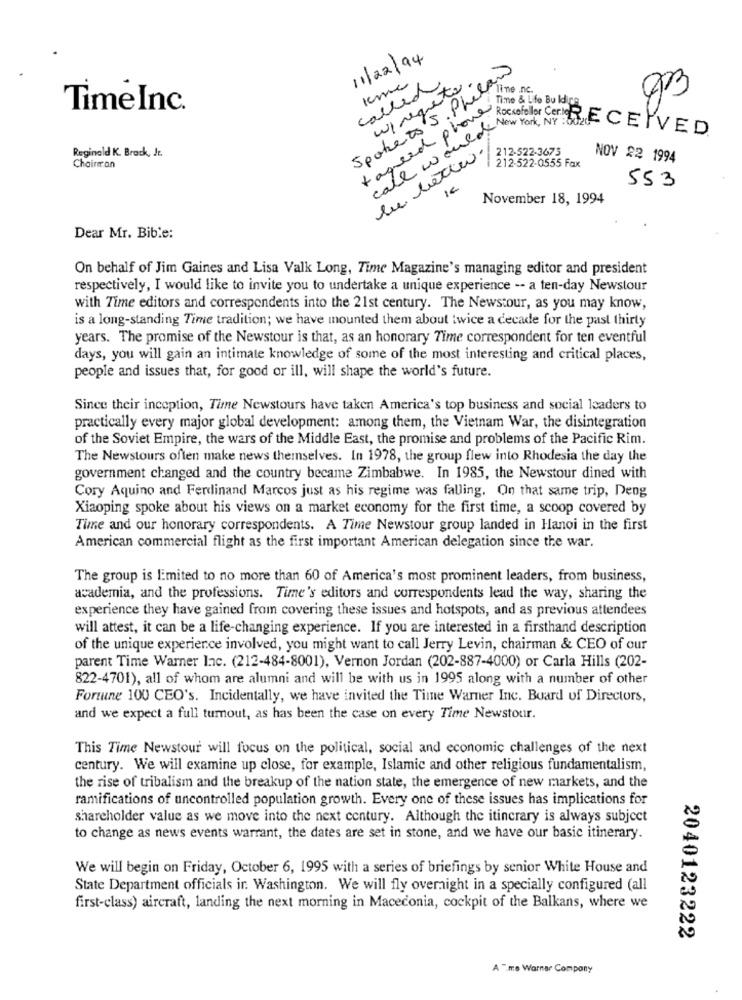
11/22/94
Spoketo S. Phelan
Kme
called
wirequete
line nc.
Time & Life Bu Idice
Time Inc.
+agreed phone
call wouldNew York, NY: 302
Rockefeller Con RECEIVED
212-522-3675
1.
Reginald K. Brack, J.
212-522-0555 Fax
NOV 22 1994
Chainran
553
November 18, 1994
Dear Mr. Bible:
On behalf of Jim Gaines and Lisa Valk Long, Time Magazine's managing editor and president
respectively, I would like to invite you to undertake a unique experience -- a ten-day Newslour
with Time editors and correspondents into the 21st century. The Newstour, as you may know,
is a long-standing Time tradition; we have mounted them about twice a decade for the past thirty
years. The promise of the Newstour is that, as an honorary Time correspondent for ten eventful
days, you will gain an intimate knowledge of some of the most interesting and critical places,
people and issues that, for good or ill, will shape the world's future.
Since their inception, Time Newstours have taken America's top business and social leaders to
practically every major global development: among them, the Vietnam War, the disintegration
of the Soviet Empire, the wars of the Middle East, the promise and problems of the Pacific Rim.
The Newstours often make news themselves. In 1978, the group flew into Rhodesia the day the
government changed and the country became Zimbabwe. In 1985, the Newstour dined with
Cory Aquino and Ferdinand Marcos just as his regime was falling. On that same trip, Deng
Xiaoping spoke about his views on a market economy for the first time, a scoop covered by
Time and our honorary correspondents. A Time Newstour group landed in Hanoi in the first
American commercial flight as the first important American delegation since the war.
The group is limited to no more than 60 of America's most prominent leaders, from business,
academia, and the professions. Time's editors and correspondents lead the way, sharing the
experience they have gained from covering these issues and hotspots, and as previous attendees
will attest, it can be a life-changing experience. If you are interested in a firsthand description
of the unique experience involved, you might want to call Jerry Levin, chairman & CEO of our
parent Time Warner Inc. (212-484-8001), Vernon Jordan (202-887-4000) or Carla Hills (202-
822-4701), all of whom are alumni and will be with us in 1995 along with a number of other
Fortune 100 CEO's. Incidentally, we have invited the Time Warner Inc. Board of Directors,
and we expect a full turnout, as has been the case on every Time Newstour.
This Time Newstour will focus on the political, social and economic challenges of the next
century. We will examine up close, for example, Islamic and other religious fundamentalism,
the rise of tribalism and the breakup of the nation state, the emergence of new markets, and the
ramifications of uncontrolled population growth. Every one of these issues has implications for
shareholder value as we move into the next century. Although the itinerary is always subject
to change as news events warrant, the dates are set in stone, and we have our basic itinerary.
We will begin on Friday, October 6, 1995 with a series of briefings by senior White House and
State Department officials in Washington. We will fly overnight in a specially configured (all
first-class) aircraft, landing the next morning in Macedonia, cockpit of the Balkans, where we
2040123222
A ".me Warner Company